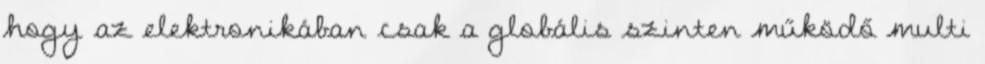
hogy az elektronikában csak a globális szinten működő multi